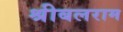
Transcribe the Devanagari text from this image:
श्रीबलराम